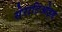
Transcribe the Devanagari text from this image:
सेराटिओइड